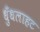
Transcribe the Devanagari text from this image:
धुँधलाहट